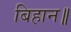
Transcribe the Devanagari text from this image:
बिहान॥